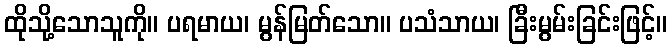
ထိုသို့သောသူကို။ ပရမာယ၊ မွန်မြတ်သော။ ပသံသာယ၊ ခြီးမွမ်းခြင်းဖြင့်။